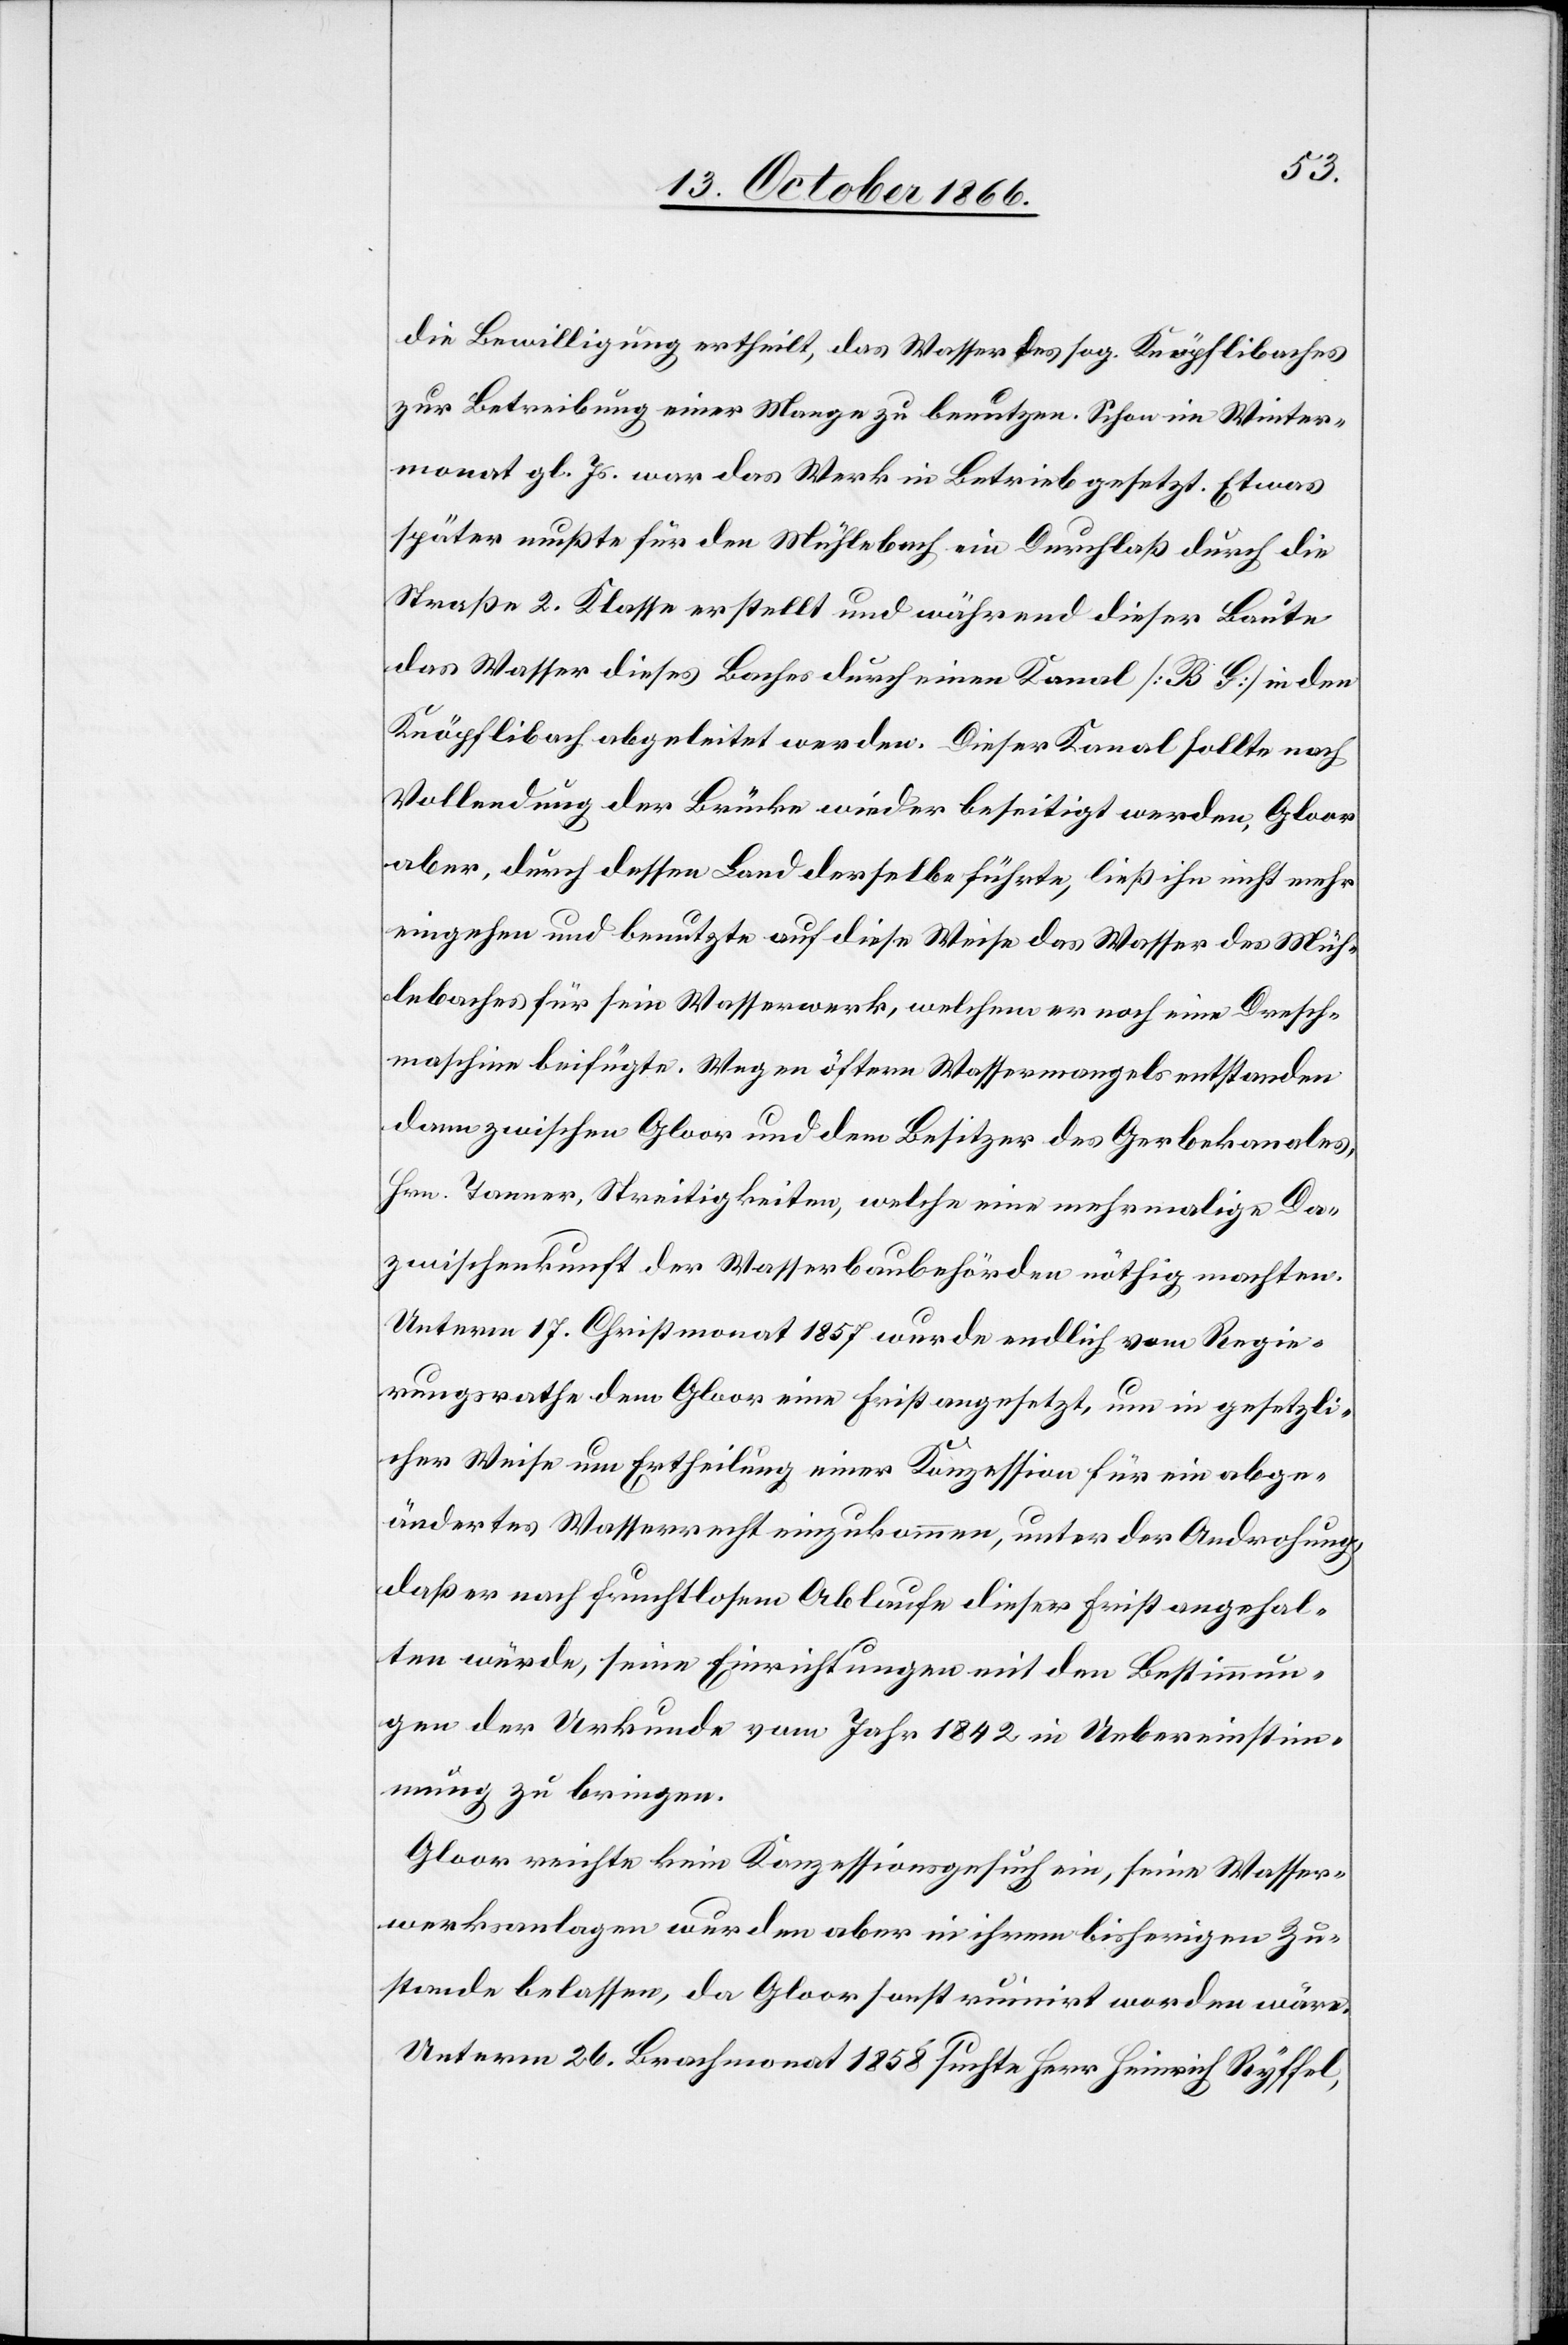
die Bewilligung ertheilt, das Wasser des sog. Knöpflibaches
zur Betreibung einer Mange zu benutzen. Schon im Winter¬
monat gl. Js. war das Werk in Betrieb gesetzt. Etwas
später mußte für den Mühlebach ein Durchfluß durch die
Straße 2. Klasse erstellt und während dieser Baute
das Wasser dieses Baches durch einen Kanal [B G] in den
Knöpflibach abgeleitet werden. Dieser Kanal sollte nach
Vollendung der Brücke wieder beseitigt werden, Gloor
aber, durch dessen Land derselbe führte, ließ ihn nicht mehr
eingehen und benutzte auf diese Weise das Wasser des Müh¬
lebaches für sein Wasserwerk, welchem er noch eine Dresch¬
maschine beifügte. Wegen öftern Wassermangels entstanden
dann zwischen Gloor und dem Besitzer des Gerbekanales,
Hrn. Tanner, Streitigkeiten, welche eine mehrmalige Da¬
zwischenkunft der Wasserbaubehörden nöthig machten.
Unterm 17. Christmonat 1857 wurde endlich vom Regie¬
rungsrathe dem Gloor eine Frist angesetzt, um in gesetzli¬
cher Weise um Ertheilung einer Konzession für ein abge¬
ändertes Wasserrecht einzukommen, unter der Androhung,
daß er nach fruchtlosem Ablaufe dieser Frist angehal¬
ten würde, seine Einrichtungen mit den Bestimmun¬
gen der Urkunde vom Jahr 1842 in Uebereinstim¬
mung zu bringen.
Gloor reichte kein Konzessionsgesuch ein, seine Wasser¬
werksanlagen wurden aber in ihrem bisherigen Zu¬
stande belassen, da Gloor sonst ruinirt worden wäre.
Unterm 26. Brachmonat 1858 suchte Herr Heinrich Ryffel,